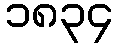
၁၈၃၄